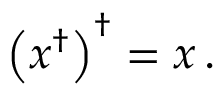
\left( x ^ { \dagger } \right) ^ { \dagger } = x \, .